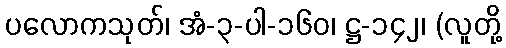
ပလောကသုတ်၊ အံ-၃-ပါ-၁၆၀၊ ဋ္ဌ-၁၄၂၊ (လူတို့